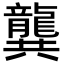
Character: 龔